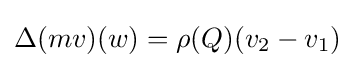
\Delta (mv)(w)=\rho (Q)(v_{2}-v_{1})